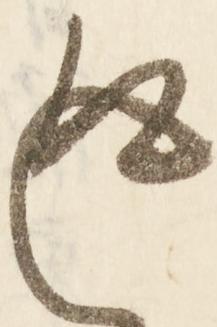
返